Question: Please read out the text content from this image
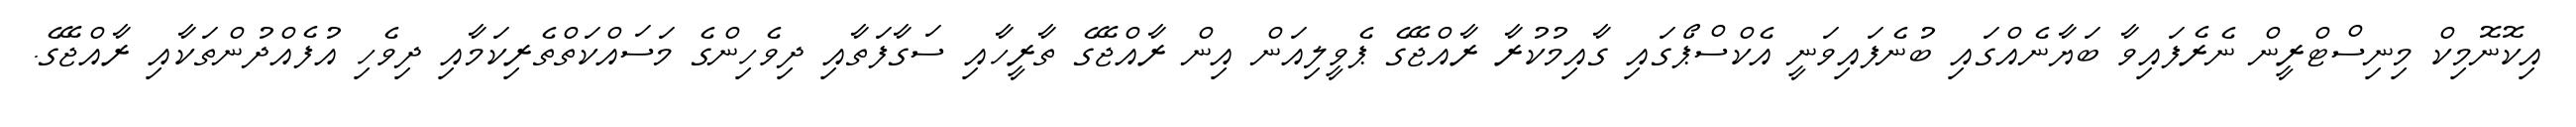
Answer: އިކޮނޮމިކް މިނިސްޓްރީން ނެރެފައިވާ ބަޔާނެއްގައި ބުނެފައިވަނީ އެކްސްޕޯގައި ގާއިމުކުރާ ރާއްޖޭގެ ޕެވީލިއަން އިން ރާއްޖޭގެ ތާރީހާއި ސަގާފަތާއި ދިވެހިންގެ މަސައްކަތްތެރިކަމާއި ދިވެހި އުފެއްދުންތަކާއި ރާއްޖޭގެ.